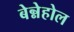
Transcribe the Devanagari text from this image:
बेन्नेहोल